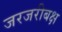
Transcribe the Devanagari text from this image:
जरजरीबक्ष